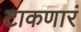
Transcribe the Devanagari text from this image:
टाकणारं